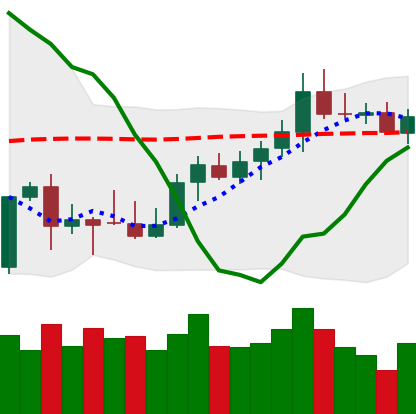
Ticker: XMR-USD
Chart end date: 2021-10-11
Forward return: -3.127%
Label: down_3_5